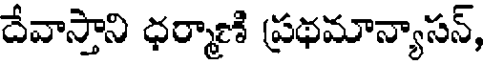
దేవాస్తాని ధర్మాణి ప్రథమాన్యాసన్,